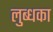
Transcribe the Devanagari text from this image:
लुब्धका